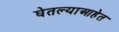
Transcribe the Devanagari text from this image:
घेतल्याआहेत